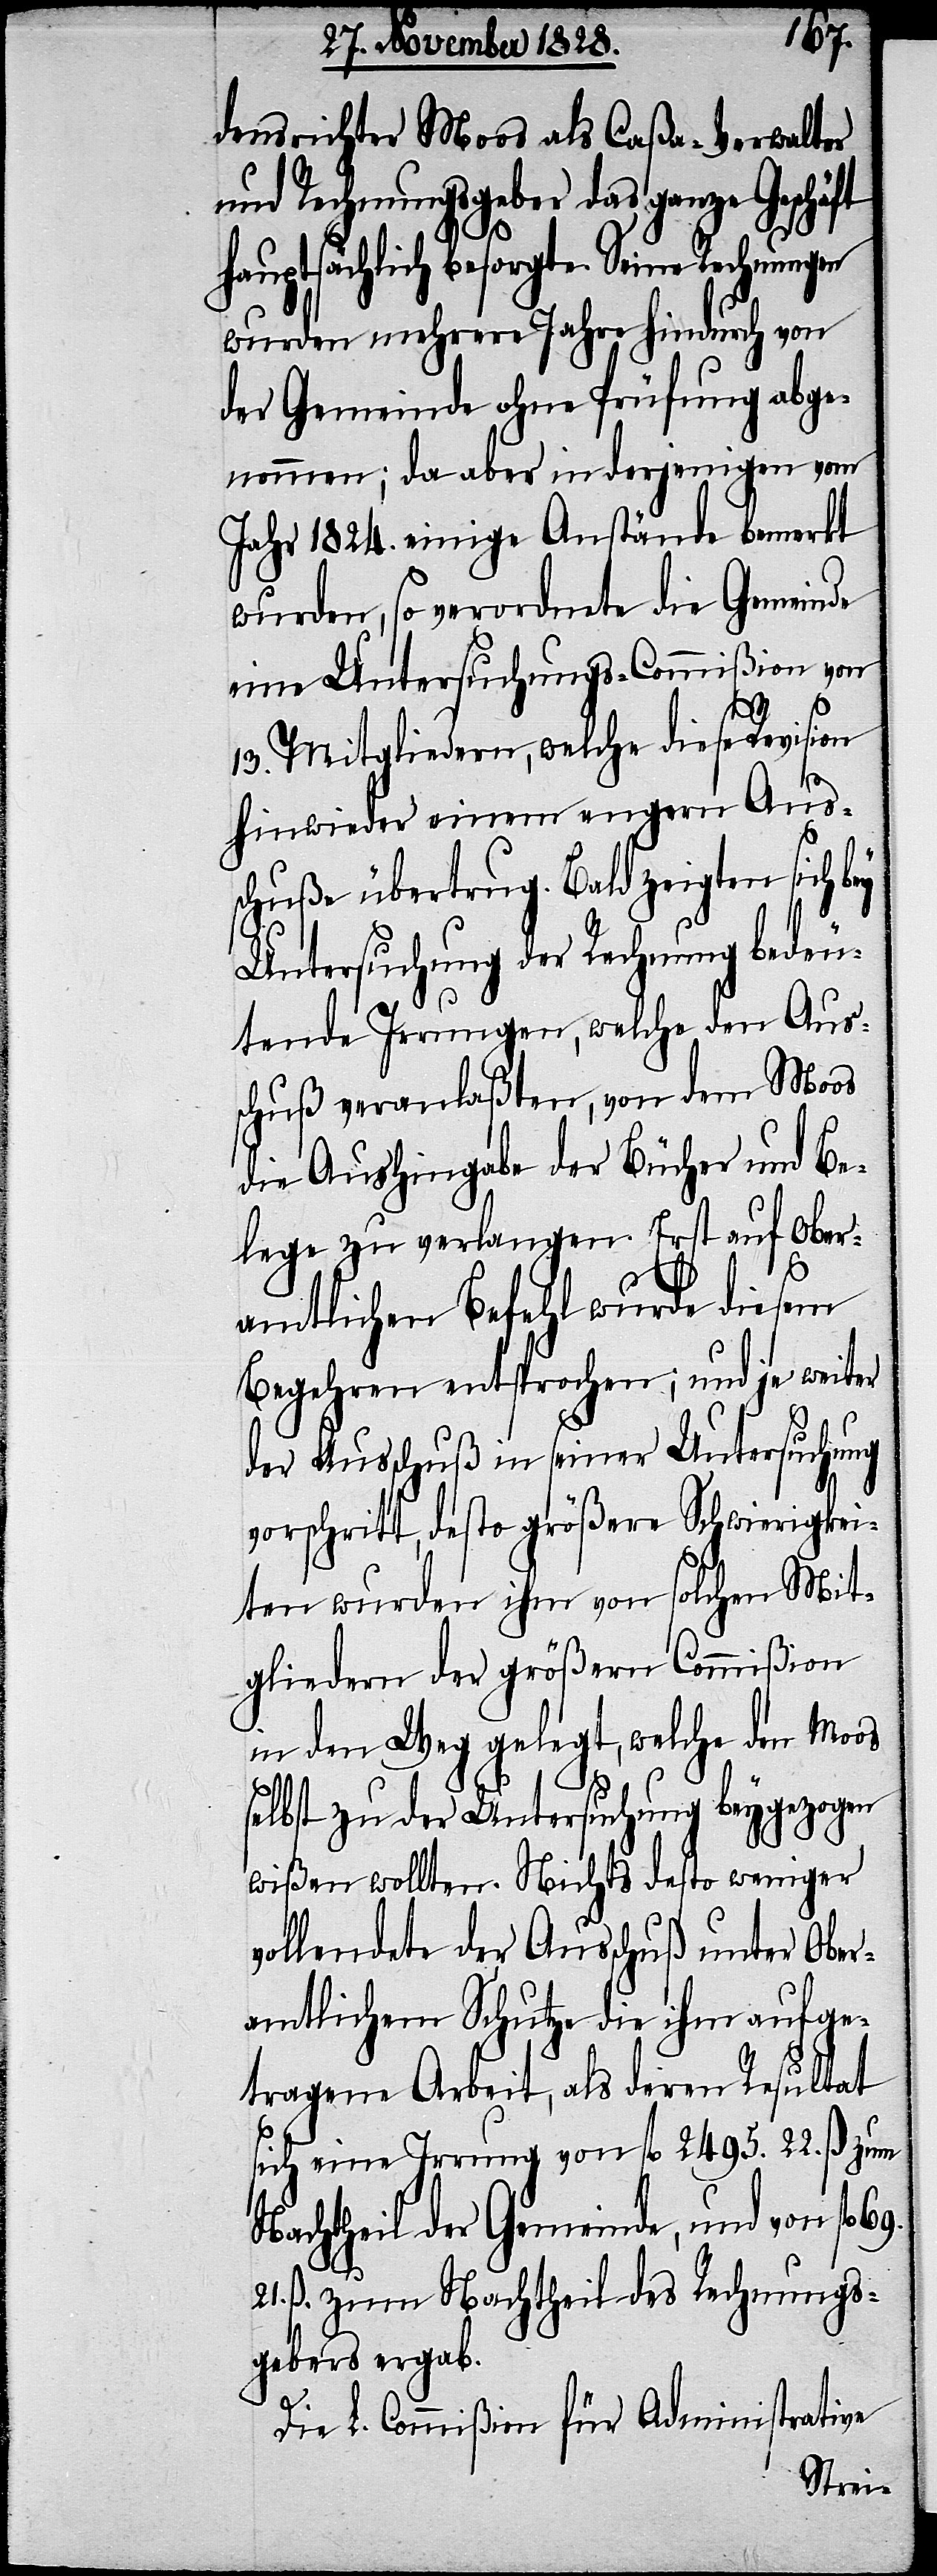
densrichter Moos als Caßa-Verwalter
und Rechnungsgeber das ganze Geschä¬
hauptsächlich besorgte. Seine
wurden mehrere Jahre hindurch von
der Gemeinde ohne Prüfung abge¬
nommen; da aber in derjenigen vom
Jahr 1824. einige Anstände bemerkt
wurden, so verordnete die Gemeinde
eine Untersuchungs-Commißion von
ey
13. Mitgliedern, welche diese Revision
hinwieder einem engern Aus¬
schuße übertrug. Bald zeigten sich b¬
Untersuchung der Rechnung bedeu¬
tende Irrungen, welche den Aus¬
schuß veranlaßten, von dem Moos
die Aushingabe der Bücher und Be¬
lege zu verlangen. Erst auf Ober¬
amtlichen Befehl wurde diesem
Begehren entsprochen; und je weiter
der Ausschuß in seiner Untersuchung
vorschritt, desto größere Schwierigkei¬
ten wurden ihm von solchen Mit¬
gliedern der größern Commißion
in den Weg gelegt, welche den Moos
selbst zu der Untersuchung beygezogen
wißen wollten. Nichts desto weniger
vollendete der Ausschuß unter Ober¬
amtlichem Schutze die ihm aufge¬
tragene Arbeit, als deren Resultat
sich eine Irrung von fl. 2495. 22. ß zum
Nachtheil der Gemeinde, und von fl.
21. ß. zum Nachtheil des Rechnungs¬
gebers ergab.
Die L. Commißion für Administrative